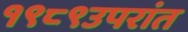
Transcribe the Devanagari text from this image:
१९८९उपरांत